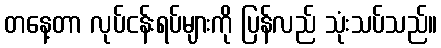
တနေ့တာ လုပ်ငန်းရပ်များကို ပြန်လည် သုံးသပ်သည်။